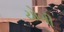
યોગી